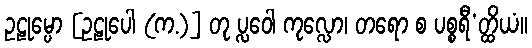
ဥဠုမ္ပော [ဥဠုပေါ (က.)] တု ပ္လဝေါ ကုလ္လော၊ တရော စ ပစ္စရီ’တ္ထိယံ။